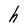
Character: h